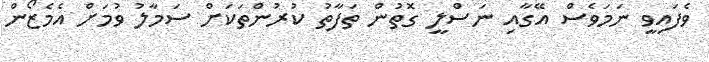
ވެފައިވީ ނަމަވެސް އޭގާއި ނަސްލީ ގޮތުން ތަފާތު ކުރުންތަކަށް ސަމާލު ވުމަށް އެމެޒޯން